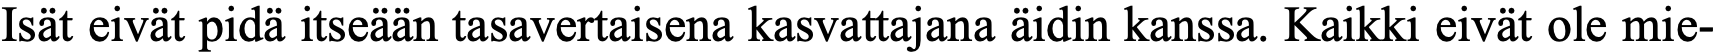
Isät eivät pidä itseään tasavertaisena kasvattajana äidin kanssa. Kaikki eivät ole mie-